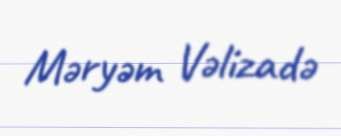
Məryəm Vəlizadə